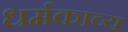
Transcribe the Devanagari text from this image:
धर्मकाव्य